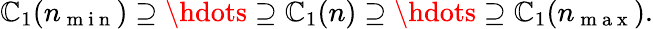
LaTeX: \mathbb{C}_{1}(n_{\mathrm{{~m~i~n~}}})\supseteq\hdots\supseteq\mathbb{C}_{1}(n)\supseteq\hdots\supseteq\mathbb{C}_{1}(n_{\mathrm{{~m~a~x~}}}).